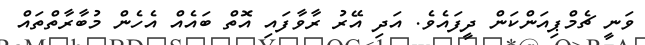
ވަނީ ޗެމްޕިއަންކަން ދީފައެވެ. އަދި އޭރު ރާވާފައި އޮތް ބައެއް އެހެން މުބާރާތްތައް